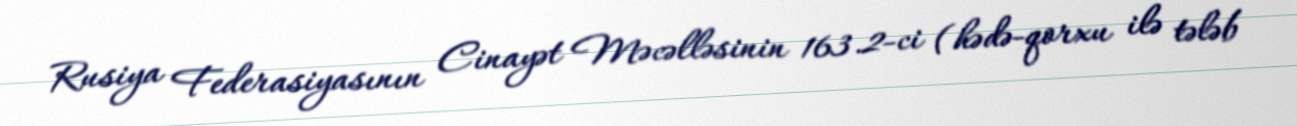
Rusiya Federasiyasının Cinayət Məcəlləsinin 163.2-ci (hədə-qorxu ilə tələb